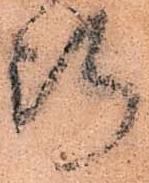
断